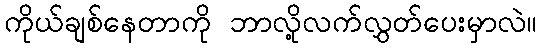
ကိုယ်ချစ်နေတာကို ဘာလို့လက်လွှတ်ပေးမှာလဲ။